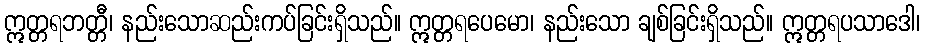
ဣတ္တရဘတ္တီ၊ နည်းသောဆည်းကပ်ခြင်းရှိသည်။ ဣတ္တရပေမော၊ နည်းသော ချစ်ခြင်းရှိသည်။ ဣတ္တရပသာဒေါ၊